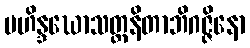
မဟိန္ဒဃောသတ္ထနိတာဘိဂဇ္ဇိနော